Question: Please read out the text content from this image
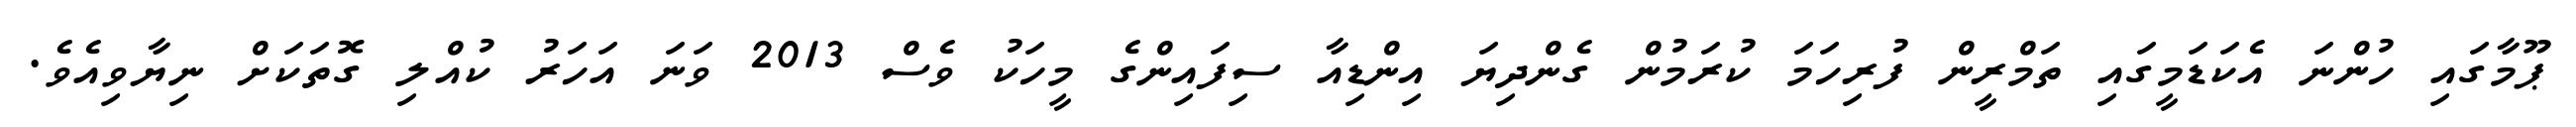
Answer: ޕޫމާގައި ހުންނަ އެކަޑަމީގައި ތަމްރީން ފުރިހަމަ ކުރަމުން ގެންދިޔަ އިންޑިއާ ސިފައިންގެ މީހަކު ވެސް 2013 ވަނަ އަހަރު ކުއްލި ގޮތަކަށް ނިޔާވިއެވެ.